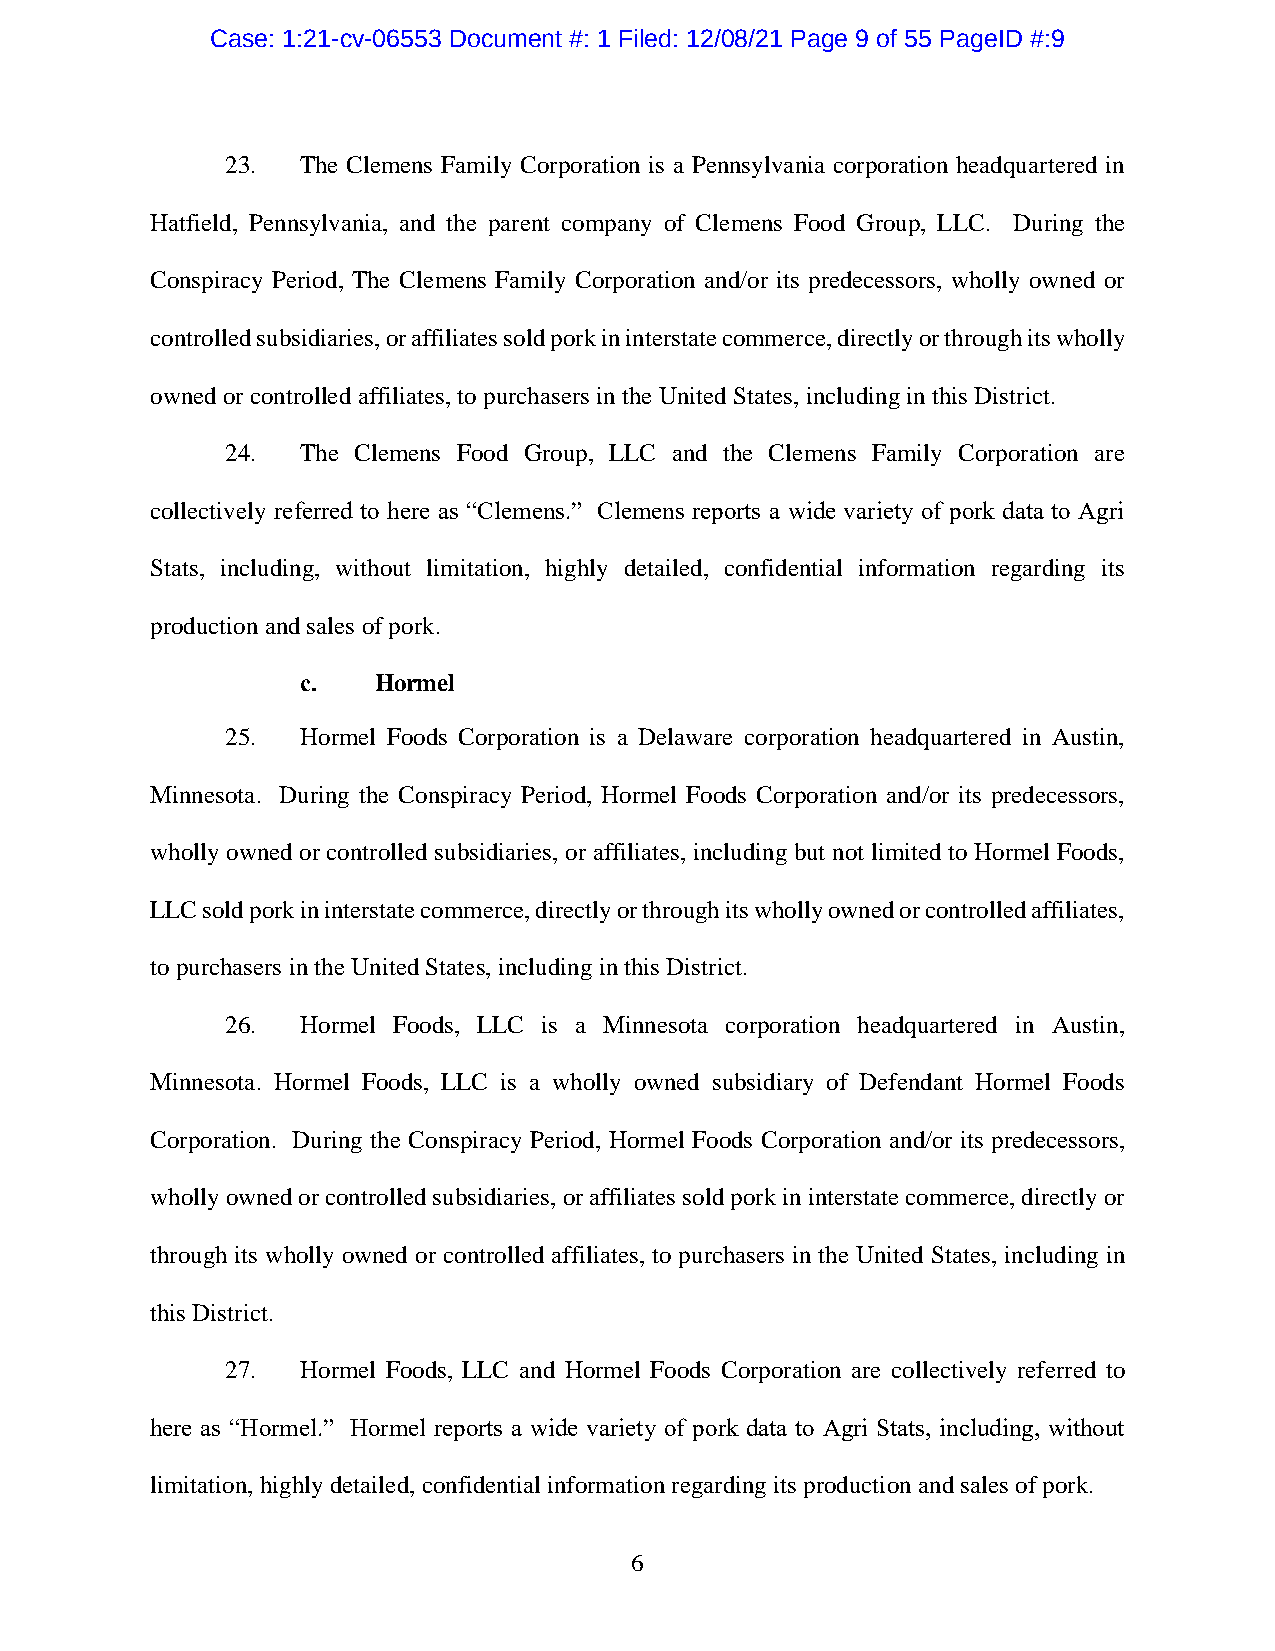
Case: 1:21-cv-06553 Document #: 1 Filed: 12/08/21 Page 9 of 55 PageID #:9
 23.  The Clemens Family Corporation is a Pennsylvania corporation headquartered in
 Hatfield, Pennsylvania, and the parent company of Clemens Food Group, LLC. During the
 Conspiracy Period, The Clemens Family Corporation and/or its predecessors, wholly owned or
 controlled subsidiaries, or affiliates sold pork in interstate commerce, directly or through its wholly
 owned or controlled affiliates, to purchasers in the United States, including in this District.
 24.  The Clemens Food Group, LLC and the Clemens Family Corporation are
 collectively referred to here as “Clemens.” Clemens reports a wide variety of pork data to Agri
 Stats, including, without limitation, highly detailed, confidential information regarding its
 production and sales of pork.
 c.   Hormel
 25.  Hormel Foods Corporation is a Delaware corporation headquartered in Austin,
 Minnesota. During the Conspiracy Period, Hormel Foods Corporation and/or its predecessors,
 wholly owned or controlled subsidiaries, or affiliates, including but not limited to Hormel Foods,
 LLC sold pork in interstate commerce, directly or through its wholly owned or controlled affiliates,
 to purchasers in the United States, including in this District.
 26.  Hormel Foods, LLC is a Minnesota corporation headquartered in Austin,
 Minnesota. Hormel Foods, LLC is a wholly owned subsidiary of Defendant Hormel Foods
 Corporation. During the Conspiracy Period, Hormel Foods Corporation and/or its predecessors,
 wholly owned or controlled subsidiaries, or affiliates sold pork in interstate commerce, directly or
 through its wholly owned or controlled affiliates, to purchasers in the United States, including in
 this District.
 27.  Hormel Foods, LLC and Hormel Foods Corporation are collectively referred to
 here as “Hormel.” Hormel reports a wide variety of pork data to Agri Stats, including, without
 limitation, highly detailed, confidential information regarding its production and sales of pork.
 6